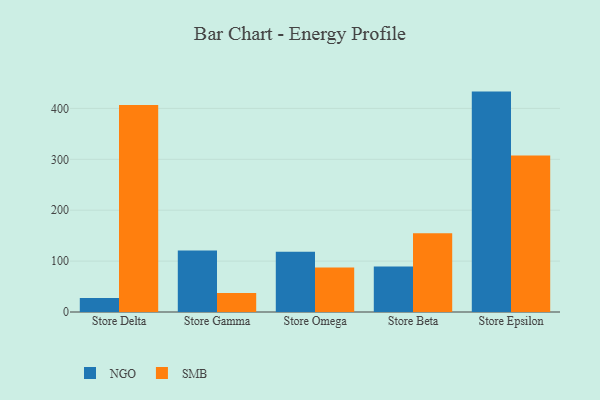
{"axis": {"x": "Store", "y": "Page Views"}, "legend": ["NGO", "SMB"], "data": [{"x": "Store Delta", "y": 27.5, "type": "NGO"}, {"x": "Store Delta", "y": 406.6, "type": "SMB"}, {"x": "Store Gamma", "y": 121.0, "type": "NGO"}, {"x": "Store Gamma", "y": 37.5, "type": "SMB"}, {"x": "Store Omega", "y": 118.5, "type": "NGO"}, {"x": "Store Omega", "y": 87.5, "type": "SMB"}, {"x": "Store Beta", "y": 89.4, "type": "NGO"}, {"x": "Store Beta", "y": 154.5, "type": "SMB"}, {"x": "Store Epsilon", "y": 433.0, "type": "NGO"}, {"x": "Store Epsilon", "y": 307.6, "type": "SMB"}]}